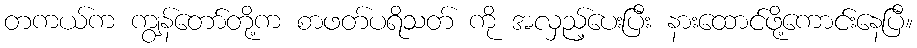
တကယ်က ကျွန်တော်တို့က စာဖတ်ပရိသတ် ကို အလှည့်ပေးပြီး နားထောင်ဖို့ကောင်းနေပြီ။